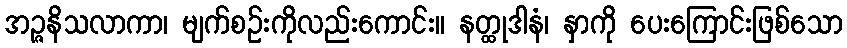
အဉ္ဇနိသလာကာ၊ မျက်စဉ်းကိုလည်းကောင်း။ နတ္ထုဒါနံ၊ နှာကို ပေးကြောင်းဖြစ်သော